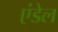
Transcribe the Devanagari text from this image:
एंडेल